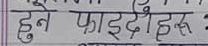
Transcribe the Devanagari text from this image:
हुने फाइदेहरु :